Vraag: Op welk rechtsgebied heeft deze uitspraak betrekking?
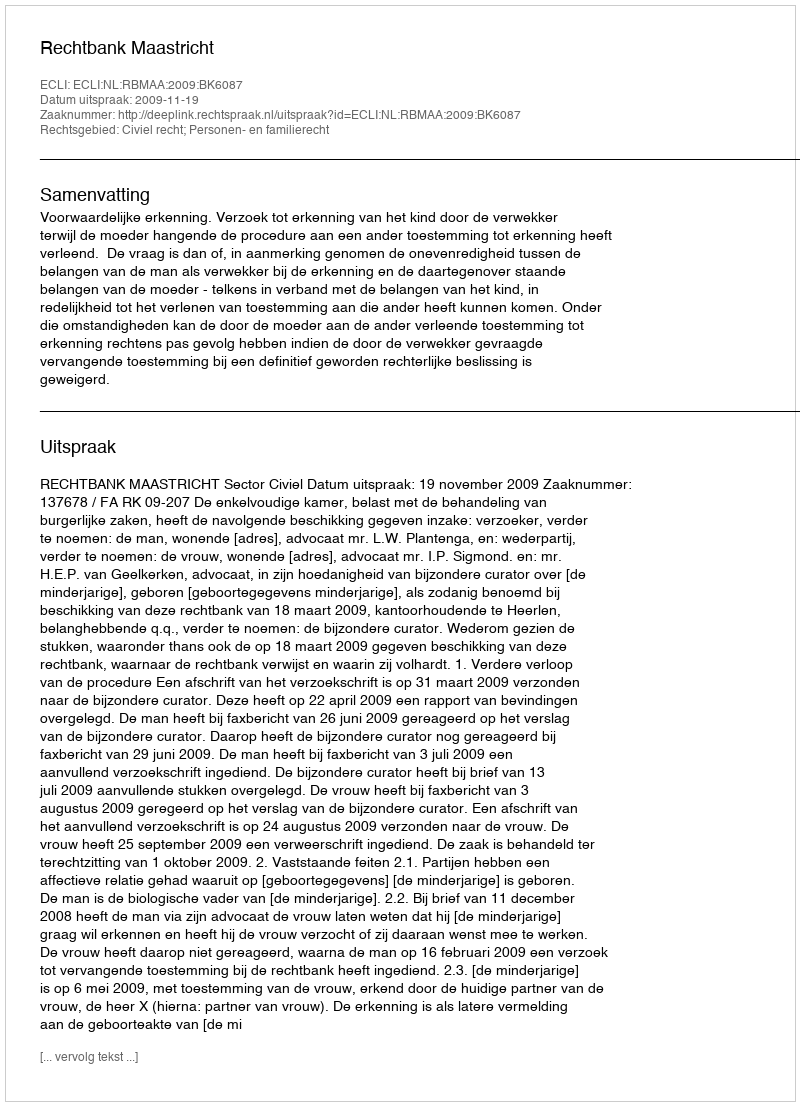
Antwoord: Civiel recht; Personen- en familierecht